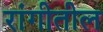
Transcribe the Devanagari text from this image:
रांगीतील